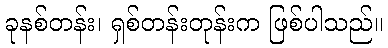
ခုနစ်တန်း၊ ရှစ်တန်းတုန်းက ဖြစ်ပါသည်။